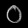
Digit: ၀